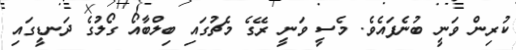
ކުރިން ވަނީ ބުނެފައެވެ. މެސީ ވަނީ ރޭގެ މެޗުގައި ބިލްބާއޯ ގޯލުގެ ދަނޑީގައި